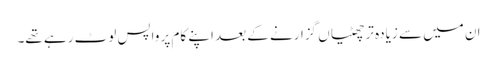
ان میں سے زیادہ تر چھٹیاں گزارنے کے بعد اپنے کام پر واپس لوٹ رہے تھے۔